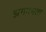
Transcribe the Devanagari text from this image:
झगमगता